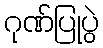
ဂုဏ်ပြုပွဲ